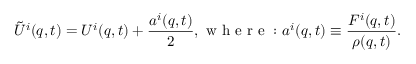
\tilde { U } ^ { i } ( q , t ) = U ^ { i } ( q , t ) + \frac { a ^ { i } ( q , t ) } { 2 } , \mathrm { ~ w ~ h ~ e ~ r ~ e ~ : ~ } a ^ { i } ( q , t ) \equiv \frac { F ^ { i } ( q , t ) } { \rho ( q , t ) } .